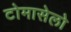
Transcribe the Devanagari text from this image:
टोमासेलो